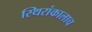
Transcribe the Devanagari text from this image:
स्थिरांकालाच